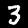
Label: 3